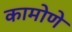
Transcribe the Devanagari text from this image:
कामोणे